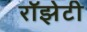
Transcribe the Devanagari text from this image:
रॉझेटी